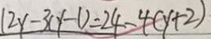
1 2 y - 3 ( y - 1 ) = 2 4 - 4 ( y + 2 )